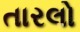
તારલો